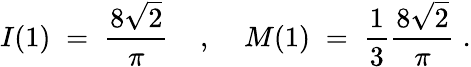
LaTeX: I(1)\; =\; \frac{8\sqrt{2}}{\pi}\; \; \; \; ,\; \; \; \; M(1)\; =\; \frac{1}{3}\frac{8\sqrt{2}}{\pi}\; .